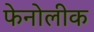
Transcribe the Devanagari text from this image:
फेनोलीक